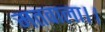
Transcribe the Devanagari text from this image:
मतवाला।।